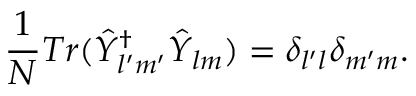
\frac { 1 } { N } T r ( \hat { Y } _ { l ^ { \prime } m ^ { \prime } } ^ { \dagger } \hat { Y } _ { l m } ) = \delta _ { l ^ { \prime } l } \delta _ { m ^ { \prime } m } .